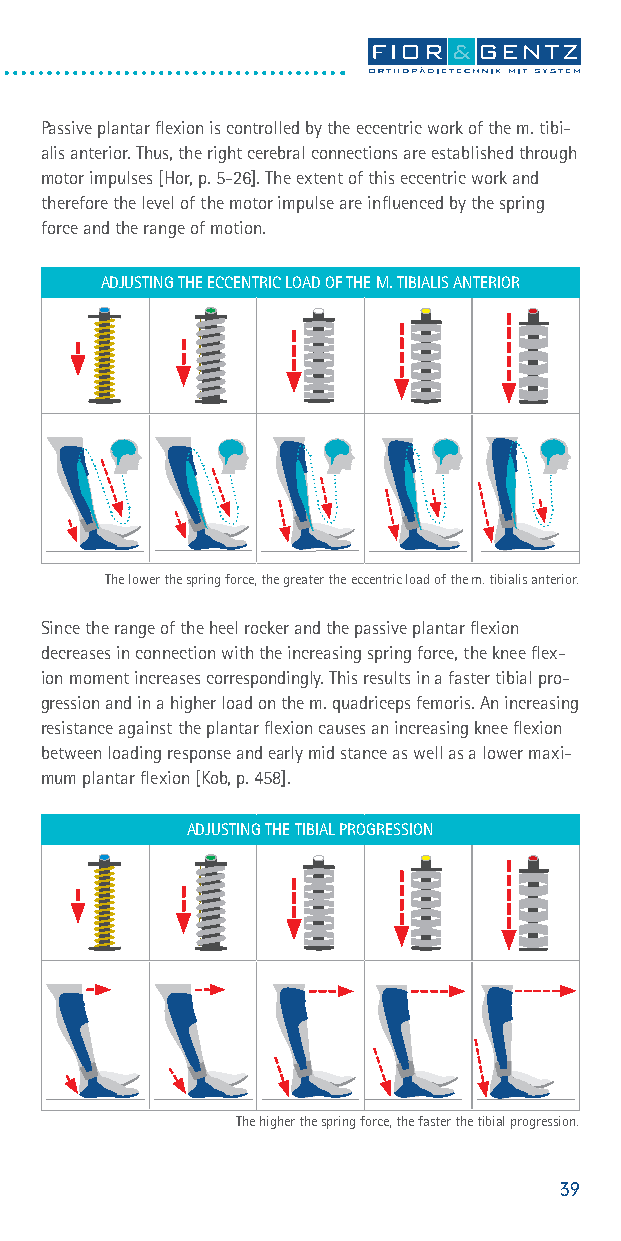
Influencing the Gait by Adjusting the Spring Force
 Passive plantar flexion is controlled by the eccentric work of the m. tibi-
 alis anterior. Thus, the right cerebral connections are established through
 motor impulses [Hor, p. 5-26]. The extent of this eccentric work and
 therefore the level of the motor impulse are influenced by the spring
 force and the range of motion.
 ADJUSTING THE ECCENTRIC LOAD OF THE M. TIBIALIS ANTERIOR
 The lower the spring force, the greater the eccentric load of the m. tibialis anterior.
 Since the range of the heel rocker and the passive plantar flexion
 decreases in connection with the increasing spring force, the knee flex-
 ion moment increases correspondingly. This results in a faster tibial pro-
 gression and in a higher load on the m. quadriceps femoris. An increasing
 resistance against the plantar flexion causes an increasing knee flexion
 between loading response and early mid stance as well as a lower maxi-
 mum plantar flexion [Kob, p. 458].
 ADJUSTING THE TIBIAL PROGRESSION
 The higher the spring force, the faster the tibial progression.
 39